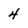
Character: 4